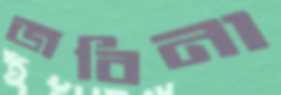
জবিনা